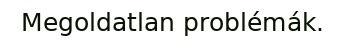
Megoldatlan problémák.